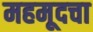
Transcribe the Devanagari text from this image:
महमूदचा